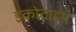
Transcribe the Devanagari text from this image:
इकोटाइप